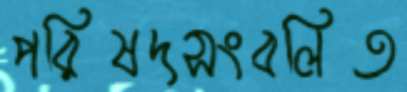
পরিষদসংবলিত